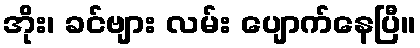
အိုး၊ ခင်ဗျား လမ်း ပျောက်နေပြီ။